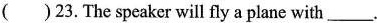
( )23.The speaker will fly a plane with___